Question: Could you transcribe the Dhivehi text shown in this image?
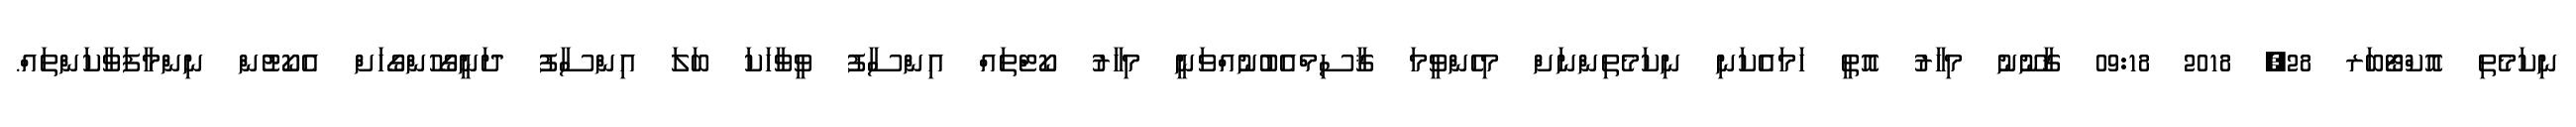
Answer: ނިކަމެތި އޮކްޓޯބަރ 28, 2018 09:18 ޤާނޫނު މިހާރު އޮތީ ހަމައެކަނި ނިކަމެތިންނަށް މިހެންވީމަ ޤާސިމްއެބުނުއްވަނީ މިހާރު ކޯޓްތައް އިންސާފު ވީވާހަކަ ބަލަ އިންސާފު ދަނީގޯހުންގޯހަށް އެކޯޓުން ނިންމާފަވާކަންތައް.